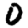
Digit: 0